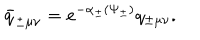
LaTeX: \bar { q } _ { \pm \mu \nu } = e ^ { - \alpha _ { \pm } ( \Psi _ { \pm } ) } q _ { \pm \mu \nu } .